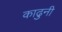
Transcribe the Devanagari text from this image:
काढुनी